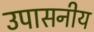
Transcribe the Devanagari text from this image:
उपासनीय